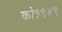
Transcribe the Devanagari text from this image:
को१९४९